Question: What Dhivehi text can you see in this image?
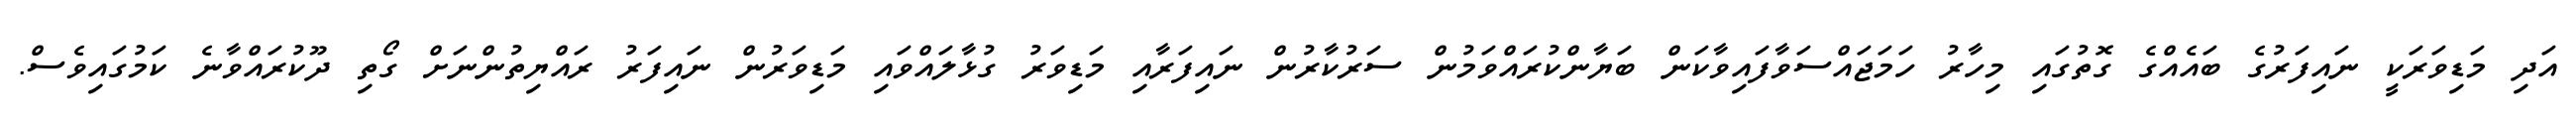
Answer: އަދި މަޑިވަރަކީ ނައިފަރުގެ ބައެއްގެ ގޮތުގައި މިހާރު ހަމަޖައްސަވާފައިވާކަން ބަޔާންކުރައްވަމުން ސަރުކާރުން ނައިފަރާއި މަޑިވަރު ގުޅާލައްވައި މަޑިވަރުން ނައިފަރު ރައްޔިތުންނަށް ގޯތި ދޫކުރައްވާނެ ކަމުގައިވެސް.